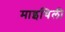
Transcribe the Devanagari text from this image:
माइथिली